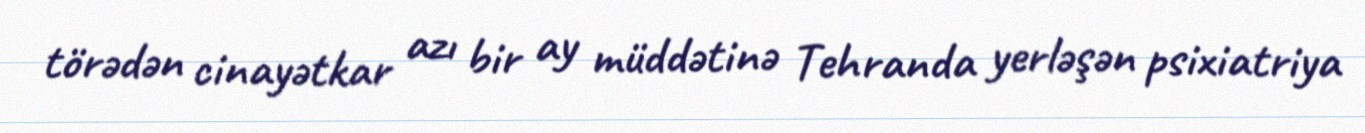
törədən cinayətkar azı bir ay müddətinə Tehranda yerləşən psixiatriya